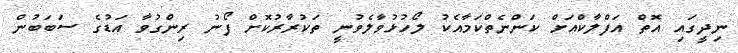
ނިދީގައި އޮތް އަފްލާކްއަށް ކަންނެތްކަމާއެކު ލޯހުޅުވާލެވުނީ ތަކުރާރުކޮށް ފޯނު ރިންގުވާ އަޑުގެ ސަބަބުން